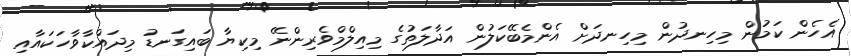
އެހެން ކަމުން މިހިނދުން މިހިނދަށް އެންމެބޭކަލުން އަދާލަތުގެ މިއިލްމްވެރިންނޭ މިކިޔާ ބައިގަނޑު މިދައްކާވާހަކައާއި